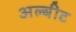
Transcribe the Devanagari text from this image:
अल्बीट